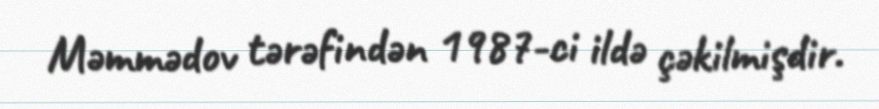
Məmmədov tərəfindən 1987-ci ildə çəkilmişdir.